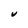
Character: V